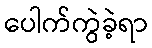
ပေါက်ကွဲခဲ့ရာ